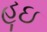
હૂઇ